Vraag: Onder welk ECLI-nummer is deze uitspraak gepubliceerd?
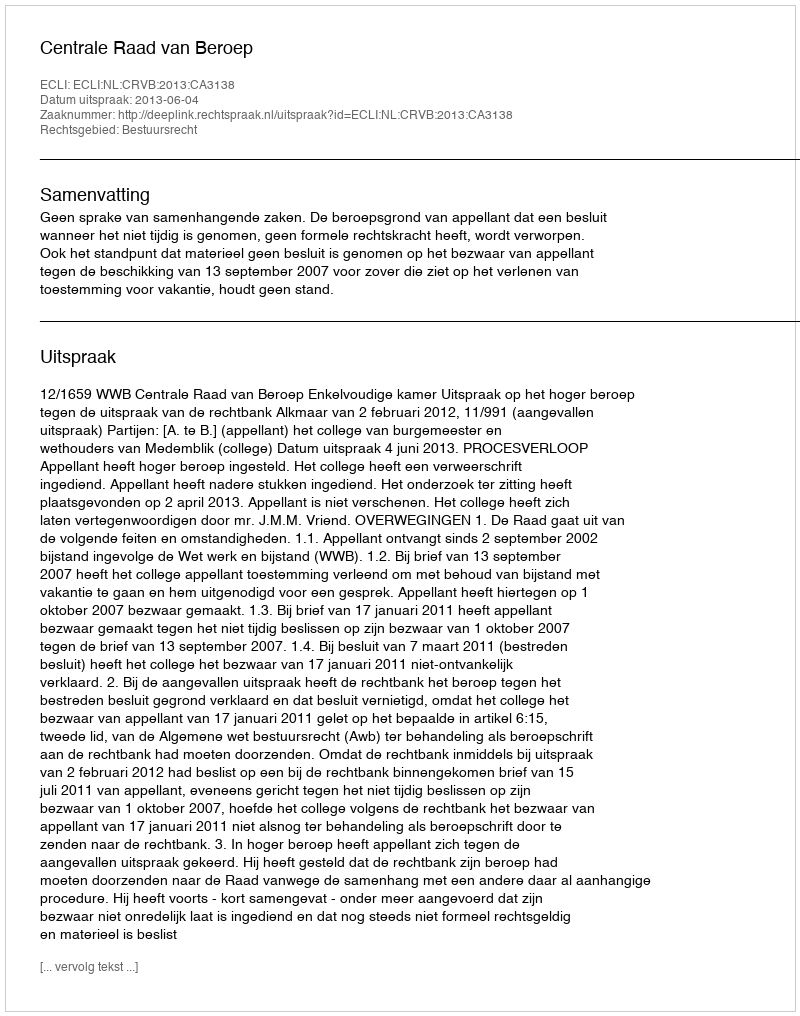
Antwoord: ECLI:NL:CRVB:2013:CA3138